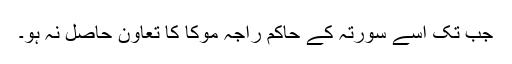
جب تک اسے سورتہ کے حاکم راجہ موکا کا تعاون حاصل نہ ہو۔